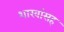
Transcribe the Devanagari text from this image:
शाखांसह